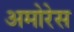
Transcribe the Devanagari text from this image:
अमोरेस